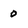
Character: 0